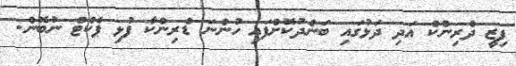
ފިޒީ ދްރިންކް އަދި ދަޅުގައި ބަންދުކޮށްފައި ހުންނަ ޑްރިންކާ ފުޅި ޕެކްޓް ނުބޮން.